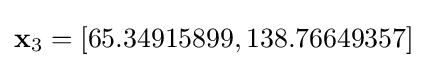
\mathbf {x} _{3}=\left[65.34915899,138.76649357\right]